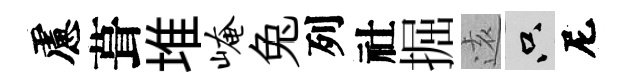
慮葺堆崦兔列社掘逺只尼